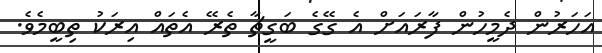
އަހަރުން ދެމީހުން ފާރައަށް އެ ގޭގެ ބަގީޗާ ތެރޭ އެތައް އިރަކު ތިބީމެވެ.